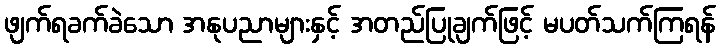
ဖျက်ရခက်ခဲသော အနုပညာများနှင့် အတည်ပြုချက်ဖြင့် မပတ်သက်ကြရန်